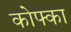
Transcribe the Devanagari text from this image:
कोफ्का